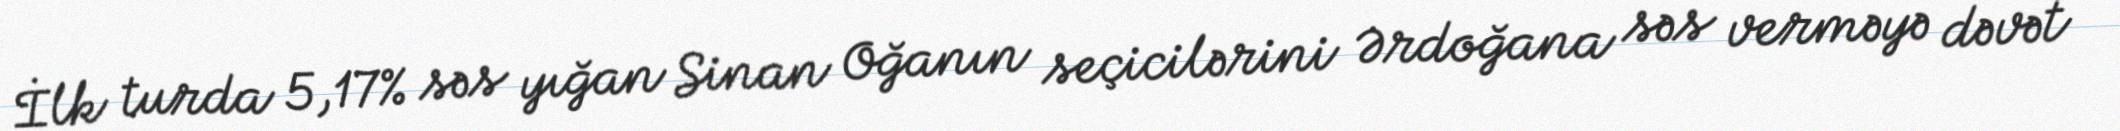
İlk turda 5,17% səs yığan Sinan Oğanın seçicilərini Ərdoğana səs verməyə dəvət